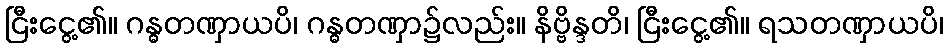
ငြီးငွေ့၏။ ဂန္ဓတဏှာယပိ၊ ဂန္ဓတဏှာ၌လည်း။ နိဗ္ဗိန္ဒတိ၊ ငြီးငွေ့၏။ ရသတဏှာယပိ၊